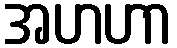
အဟဟာ